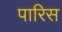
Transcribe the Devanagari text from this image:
पारिस